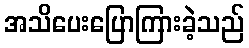
အသိပေးပြောကြားခဲ့သည်